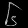
Digit: ၆